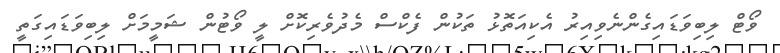
ވޯޓް ލިބިވަޑައިގެންނެވިއިރު އެކިއަތޮޅު ތަކުން ފެކްސް މެދުވެރިކޮށް ލީ ވޯޓުން ޝަމީމަށް ލިބިވަޑައިގަތީ